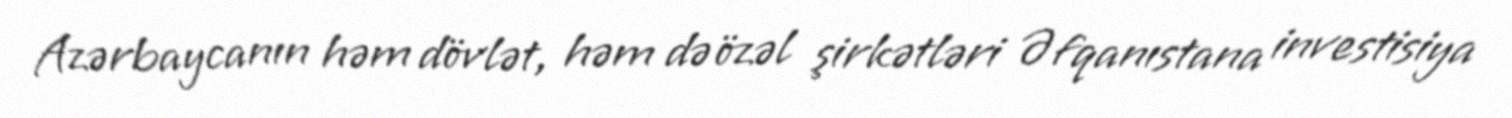
Azərbaycanın həm dövlət, həm də özəl şirkətləri Əfqanıstana investisiya